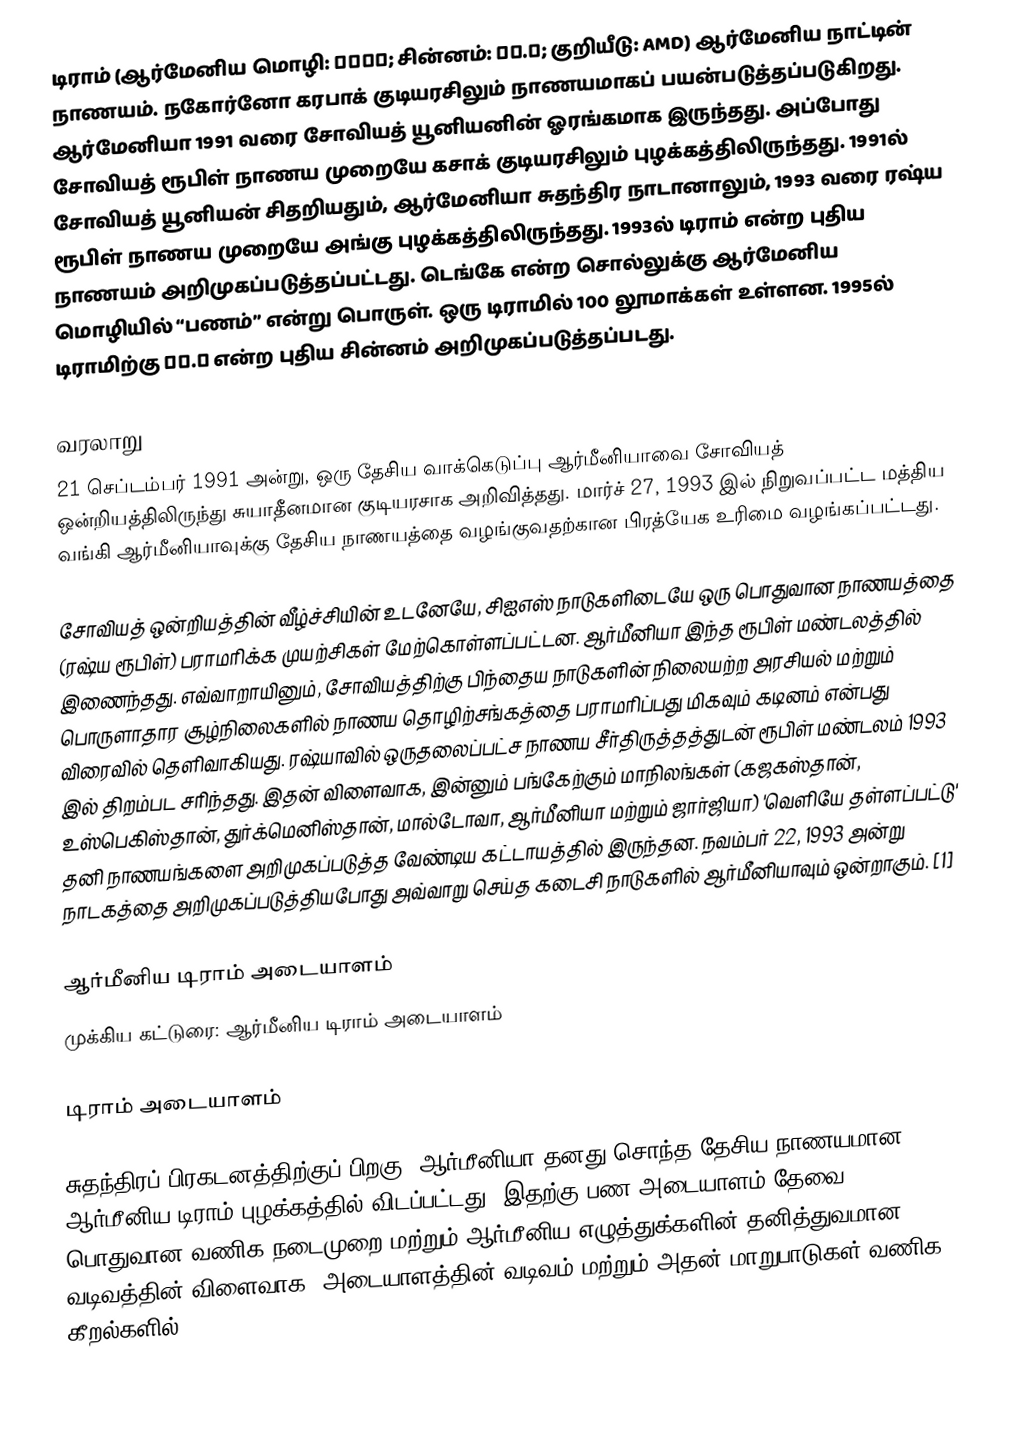
டிராம் (ஆர்மேனிய மொழி: Դրամ; சின்னம்: դր.̅; குறியீடு: AMD) ஆர்மேனிய நாட்டின் நாணயம். நகோர்னோ கரபாக் குடியரசிலும் நாணயமாகப் பயன்படுத்தப்படுகிறது. ஆர்மேனியா 1991 வரை சோவியத் யூனியனின் ஓரங்கமாக இருந்தது. அப்போது சோவியத் ரூபிள் நாணய முறையே கசாக் குடியரசிலும் புழக்கத்திலிருந்தது. 1991ல் சோவியத் யூனியன் சிதறியதும், ஆர்மேனியா சுதந்திர நாடானாலும், 1993 வரை ரஷ்ய ரூபிள் நாணய முறையே அங்கு புழக்கத்திலிருந்தது. 1993ல் டிராம் என்ற புதிய நாணயம் அறிமுகப்படுத்தப்பட்டது. டெங்கே என்ற சொல்லுக்கு ஆர்மேனிய மொழியில் “பணம்” என்று பொருள். ஒரு டிராமில் 100 லூமாக்கள் உள்ளன. 1995ல் டிராமிற்கு դր.̅ என்ற புதிய சின்னம் அறிமுகப்படுத்தப்படது.

வரலாறு
21 செப்டம்பர் 1991 அன்று, ஒரு தேசிய வாக்கெடுப்பு ஆர்மீனியாவை சோவியத் ஒன்றியத்திலிருந்து சுயாதீனமான குடியரசாக அறிவித்தது. மார்ச் 27, 1993 இல் நிறுவப்பட்ட மத்திய வங்கி ஆர்மீனியாவுக்கு தேசிய நாணயத்தை வழங்குவதற்கான பிரத்யேக உரிமை வழங்கப்பட்டது.

சோவியத் ஒன்றியத்தின் வீழ்ச்சியின் உடனேயே, சிஐஎஸ் நாடுகளிடையே ஒரு பொதுவான நாணயத்தை (ரஷ்ய ரூபிள்) பராமரிக்க முயற்சிகள் மேற்கொள்ளப்பட்டன. ஆர்மீனியா இந்த ரூபிள் மண்டலத்தில் இணைந்தது. எவ்வாறாயினும், சோவியத்திற்கு பிந்தைய நாடுகளின் நிலையற்ற அரசியல் மற்றும் பொருளாதார சூழ்நிலைகளில் நாணய தொழிற்சங்கத்தை பராமரிப்பது மிகவும் கடினம் என்பது விரைவில் தெளிவாகியது. ரஷ்யாவில் ஒருதலைப்பட்ச நாணய சீர்திருத்தத்துடன் ரூபிள் மண்டலம் 1993 இல் திறம்பட சரிந்தது. இதன் விளைவாக, இன்னும் பங்கேற்கும் மாநிலங்கள் (கஜகஸ்தான், உஸ்பெகிஸ்தான், துர்க்மெனிஸ்தான், மால்டோவா, ஆர்மீனியா மற்றும் ஜார்ஜியா) 'வெளியே தள்ளப்பட்டு' தனி நாணயங்களை அறிமுகப்படுத்த வேண்டிய கட்டாயத்தில் இருந்தன. நவம்பர் 22, 1993 அன்று நாடகத்தை அறிமுகப்படுத்தியபோது அவ்வாறு செய்த கடைசி நாடுகளில் ஆர்மீனியாவும் ஒன்றாகும். [1]

ஆர்மீனிய டிராம்  அடையாளம்
முக்கிய கட்டுரை: ஆர்மீனிய டிராம்  அடையாளம்

டிராம் அடையாளம்

சுதந்திரப் பிரகடனத்திற்குப் பிறகு, ஆர்மீனியா தனது சொந்த தேசிய நாணயமான ஆர்மீனிய டிராம் புழக்கத்தில் விடப்பட்டது; இதற்கு பண அடையாளம் தேவை. பொதுவான வணிக நடைமுறை மற்றும் ஆர்மீனிய எழுத்துக்களின் தனித்துவமான வடிவத்தின் விளைவாக, அடையாளத்தின் வடிவம் மற்றும் அதன் மாறுபாடுகள் வணிக கீறல்களில்